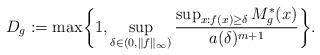
LaTeX: \begin{align*}D_g:=\max \biggl\{1, \sup_{\delta \in (0,\|f\|_\infty)} \frac{ \sup_{x:f(x) \geq \delta} M_{g}^*(x)}{a(\delta)^{m+1}} \biggr\}.\end{align*}